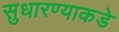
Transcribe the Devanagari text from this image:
सुधारण्याकडे